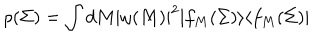
\rho ( \Sigma ) = \int d M | \omega ( M ) | ^ { 2 } | f _ { M } ( \Sigma ) \rangle \langle f _ { M } ( \Sigma ) |